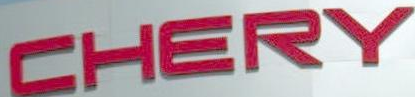
CHERY